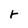
Character: r